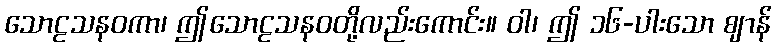
သောဠသနဝကာ၊ ဤသောဠသနဝတို့လည်းကောင်း။ ဝါ၊ ဤ ၁၆-ပါးသော ဈာန်